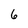
Character: 6